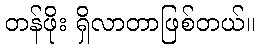
တန်ဖိုး ရှိလာတာဖြစ်တယ်။